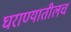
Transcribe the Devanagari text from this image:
घराण्यातीलच